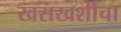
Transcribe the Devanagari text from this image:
खसखशीचा